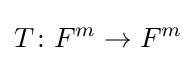
T\colon F^{m}\rightarrow F^{m}